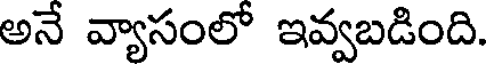
అనే వ్యాసంలో ఇవ్వబడింది.